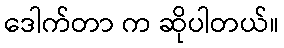
ဒေါက်တာ က ဆိုပါတယ်။